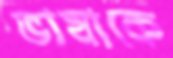
ভাষাকে